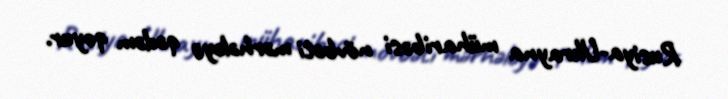
Rusiya-Ukrayna müharibəsi növbəti mərhələyə qədəm qoyur.